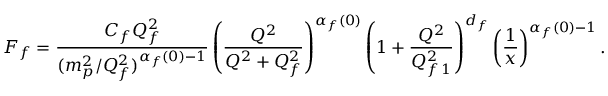
F _ { f } = \frac { C _ { f } Q _ { f } ^ { 2 } } { ( m _ { p } ^ { 2 } / Q _ { f } ^ { 2 } ) ^ { \alpha _ { f } ( 0 ) - 1 } } \left( \frac { Q ^ { 2 } } { Q ^ { 2 } + Q _ { f } ^ { 2 } } \right) ^ { \alpha _ { f } ( 0 ) } \left( 1 + \frac { Q ^ { 2 } } { Q _ { f \, 1 } ^ { 2 } } \right) ^ { d _ { f } } \left( \frac { 1 } { x } \right) ^ { \alpha _ { f } ( 0 ) - 1 } .